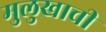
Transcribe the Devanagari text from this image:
मुलुखाची